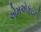
એમએફઇની